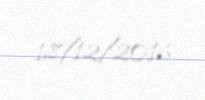
18/12/2016